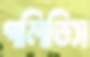
গলিতিস